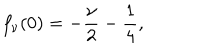
f _ { \nu } ( 0 ) = - \frac \nu 2 - \frac 1 4 ,